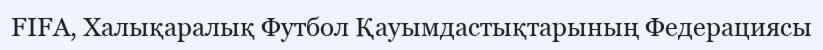
FIFA, Халықаралық Футбол Қауымдастықтарының Федерациясы